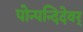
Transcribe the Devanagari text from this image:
पोन्पन्दिदेवर्